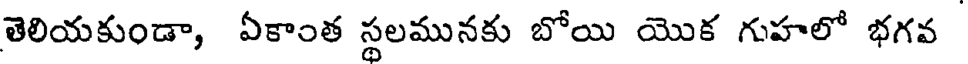
తెలియకుండా, ఏకాంత స్థలమునకు బోయి యొక గుహలో భగవ